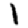
Digit: 1